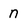
Character: n